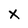
Character: X